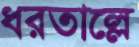
ধরতাল্লে